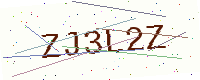
Text: ZJ3L2Z